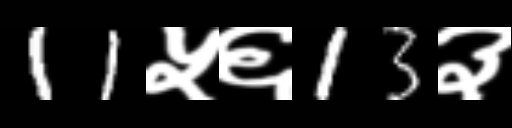
Text: 11५६13३